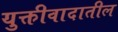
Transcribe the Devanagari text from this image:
युक्तीवादातील